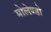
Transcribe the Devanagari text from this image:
मोलेण्डो